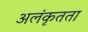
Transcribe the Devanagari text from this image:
अलंकृतता